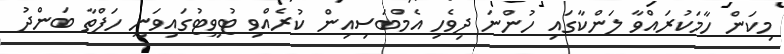
މިކަން ހާމަކުރައްވާ ލަންކާގައި ހުންނަ ދިވެހި އެމްބަސިއިން ކުރެއްވި ޓުވީޓުގައިވަނީ ހަފްތާ ބަންދު